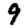
Digit: 9